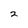
Character: 2